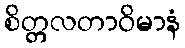
စိတ္တလတာဝိမာနံ